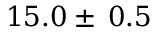
1 5 . 0 \pm \: 0 . 5